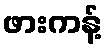
ဖားကန့်